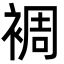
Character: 裯